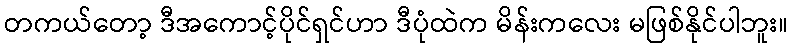
တကယ်တော့ ဒီအကောင့်ပိုင်ရှင်ဟာ ဒီပုံထဲက မိန်းကလေး မဖြစ်နိုင်ပါဘူး။